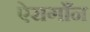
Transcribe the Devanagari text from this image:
ऐरागाँन